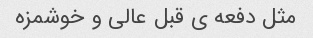
مثل دفعه ى قبل عالى و خوشمزه